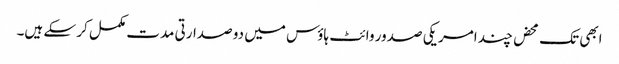
ابھی تک محض چند امریکی صدور وائٹ ہاؤس میں دو صدارتی مدت مکمل کر سکے ہیں۔